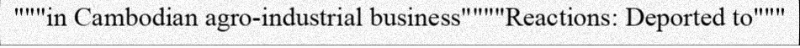
"""in Cambodian agro-industrial business""""Reactions: Deported to"""